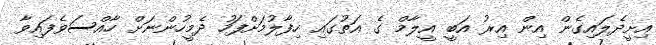
އިށީދެލައިގެން އިން އިރު އަބީ އީލާމް ގެ އަތުގައި ހިފާލުމަށްފަހު ދެމީހުންނަށް ހާއްސަވެފައިވާ